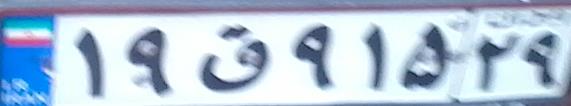
۱۹ق۹۱۵۲۹